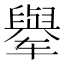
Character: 𬛼